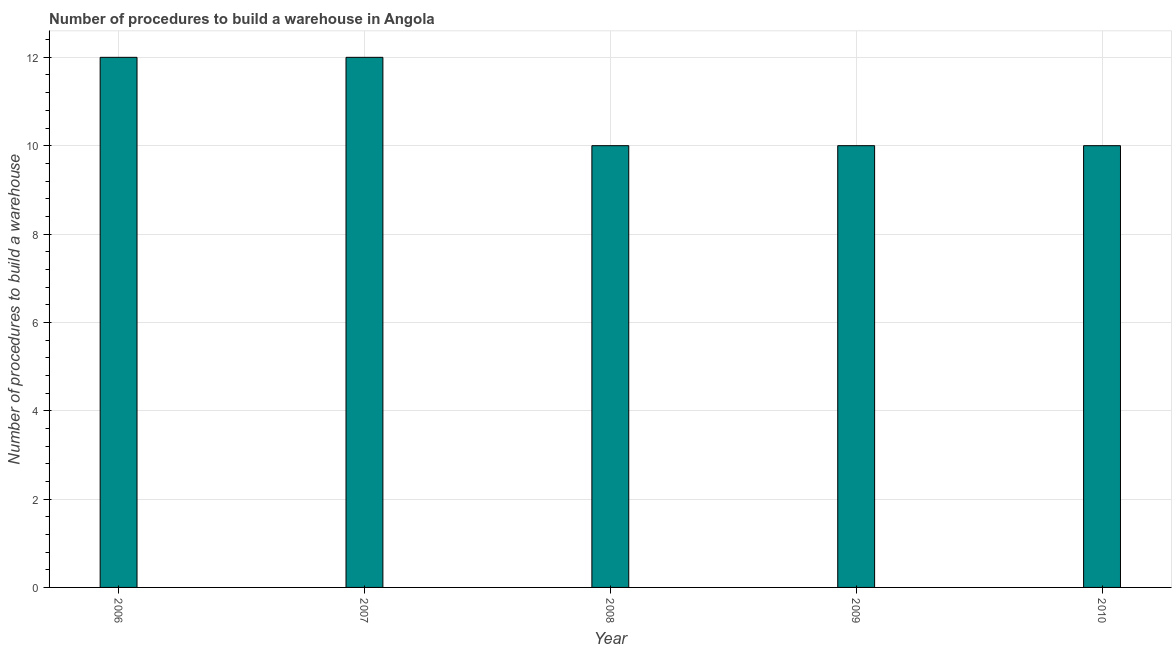
| Year | Build a warehouse |
 | --- | --- |
 | 2006 | 12 |
 | 2007 | 12 |
 | 2008 | 10 |
 | 2009 | 10 |
 | 2010 | 10 |